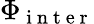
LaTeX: \Phi_{\mathrm{~i~n~t~e~r~}}